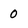
Character: 0